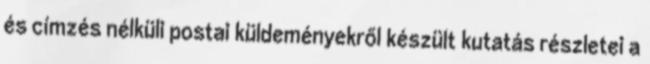
és címzés nélküli postai küldeményekről készült kutatás részletei a